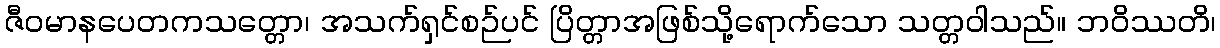
ဇီဝမာနပေတကသတ္တော၊ အသက်ရှင်စဉ်ပင် ပြိတ္တာအဖြစ်သို့ရောက်သော သတ္တဝါသည်။ ဘဝိဿတိ၊